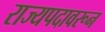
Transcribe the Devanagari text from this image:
राज्यपदावरून